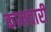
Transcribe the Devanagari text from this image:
कामवारी